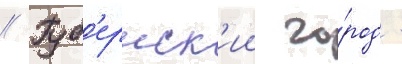
// Губ'ернск'ии го́род -